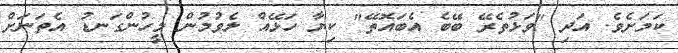
ކަމަށެވެ. އަދި "ވަޅުތެރޭ ބޭބެ އެބައޮތޭ" ކިޔާ ހަޅޭއް ލެވުމުން މީހުންގަނޑު އެތަނަށް